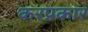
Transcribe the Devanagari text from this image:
करप्रकार